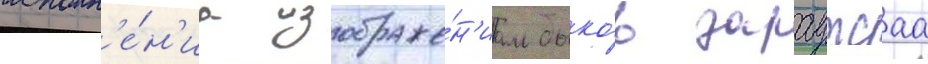
исполн'е́н'иа изображе́н'иам быко́в зараутсаа